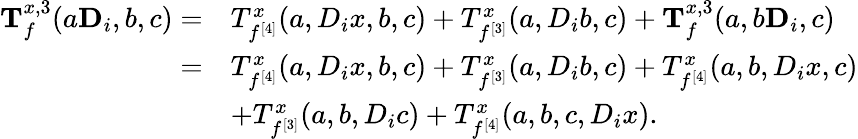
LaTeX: \begin{array}{rl}{\mathbf T_{f}^{x,3}(a\mathbf D_{i},b,c)=}&{T_{f^{[4]}}^{x}(a,D_{i}x,b,c)+T_{f^{[3]}}^{x}(a,D_{i}b,c)+\mathbf T_{f}^{x,3}(a,b\mathbf D_{i},c)}\\ {=}&{T_{f^{[4]}}^{x}(a,D_{i}x,b,c)+T_{f^{[3]}}^{x}(a,D_{i}b,c)+T_{f^{[4]}}^{x}(a,b,D_{i}x,c)}\\ &{+T_{f^{[3]}}^{x}(a,b,D_{i}c)+T_{f^{[4]}}^{x}(a,b,c,D_{i}x).}\end{array}